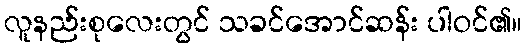
လူနည်းစုလေးတွင် သခင်အောင်ဆန်း ပါဝင်၏။